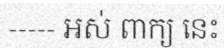
----- អស់ ពាក្យ នេះ